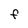
Character: F